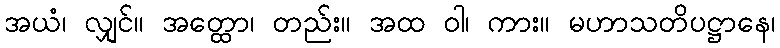
အယံ၊ လျှင်။ အတ္ထော၊ တည်း။ အထ ဝါ၊ ကား။ မဟာသတိပဋ္ဌာနေ၊